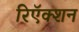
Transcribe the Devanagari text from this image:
रिऍक्शन